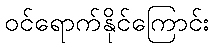
ဝင်ရောက်နိုင်ကြောင်း